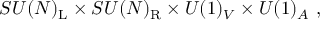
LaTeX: S U ( N ) _ { \mathrm { { L } } } \times S U ( N ) _ { \mathrm { { R } } } \times U ( 1 ) _ { V } \times U ( 1 ) _ { A } ~ ,